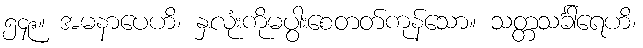
၅၄၉။ အမနာပေဟိ၊ နှလုံးကိုမပွါးစေတတ်ကုန်သော။ သတ္တသင်္ခါရေဟိ၊